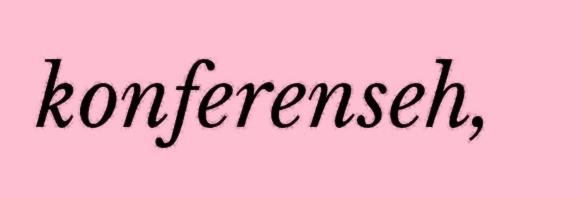
konferenseh,